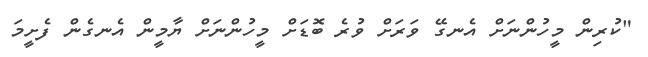
"ކުރިން މީހުންނަށް އެނގޭ ވަރަށް ވުރެ ބޮޑަށް މީހުންނަށް ޔާމީން އެނގެން ފެށީމަ